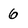
Character: 6